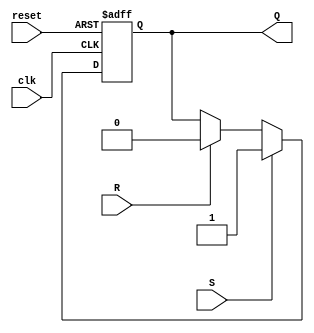
module sr_flip_flop(
  input wire clk,
  input wire reset,
  input wire S,
  input wire R,
  output reg Q
);

always @(posedge clk or posedge reset) begin
  if(reset) begin
    Q <= 1'b0;
  end else if(S) begin
    Q <= 1'b1;
  end else if(R) begin
    Q <= 1'b0;
  end
end

endmodule